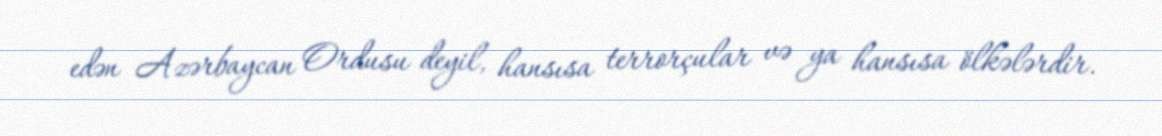
edən Azərbaycan Ordusu deyil, hansısa terrorçular və ya hansısa ölkələrdir.